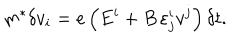
LaTeX: m ^ { * } \delta v _ { i } = e \left( E ^ { i } + B \, \varepsilon _ { j } ^ { i } { } v ^ { j } \right) \delta { t } .